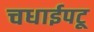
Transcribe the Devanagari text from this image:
चधाईपटू